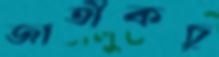
জাতীকচু